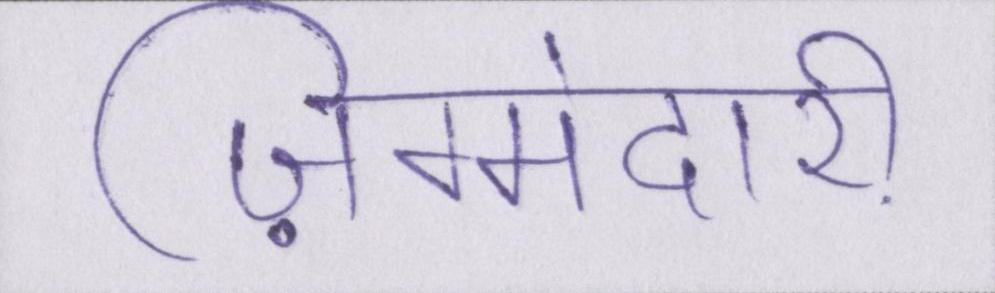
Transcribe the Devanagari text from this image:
ज़िम्मेदारी